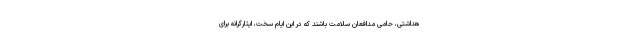
هداشتی، حامی مدافعان سلامت باشند که در این ایام سخت، ایثارگرانه برای